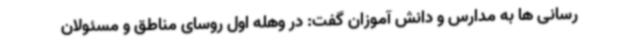
رسانی ها به مدارس و دانش آموزان گفت: در وهله اول روسای مناطق و مسئولان